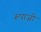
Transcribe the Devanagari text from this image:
रूपाजी